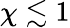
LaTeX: \chi\lesssim 1